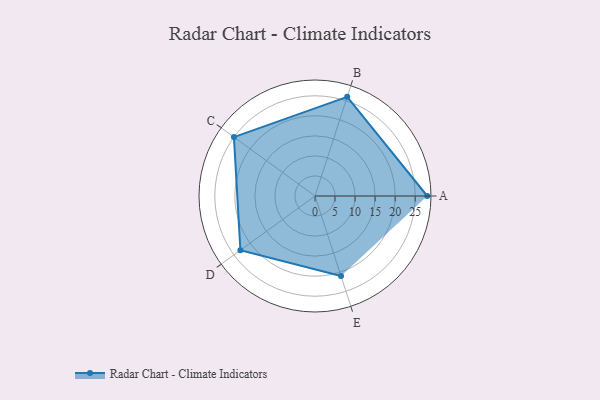
{"axis": {"x": "Skill", "y": "Score"}, "legend": ["Profile"], "data": [{"x": "A", "y": 28.0, "type": "Profile"}, {"x": "B", "y": 26.0, "type": "Profile"}, {"x": "C", "y": 25.0, "type": "Profile"}, {"x": "D", "y": 23.0, "type": "Profile"}, {"x": "E", "y": 21.0, "type": "Profile"}]}